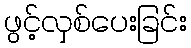
ဖွင့်လှစ်ပေးခြင်း